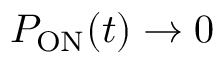
P _ { \mathrm { O N } } ( t ) \rightarrow 0